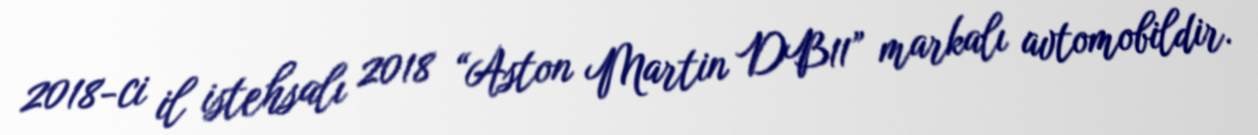
2018-ci il istehsalı 2018 “Aston Martin DB11” markalı avtomobildir.